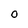
Character: 0